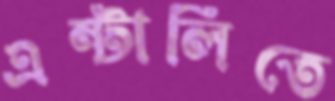
এন্টালিতে